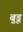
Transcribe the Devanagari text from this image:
बुडूं